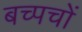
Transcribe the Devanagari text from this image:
बच्पचों